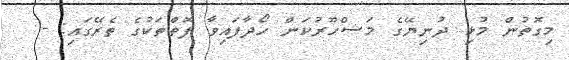
މިގޮތުން މުޅި ދުނިޔޭގެ މަޝްހޫރުކަން ހޯދާފައިވާ ފޮތްތަކުގެ ތެރޭގައި: -